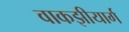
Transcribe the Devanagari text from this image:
वाकझीयार्ग